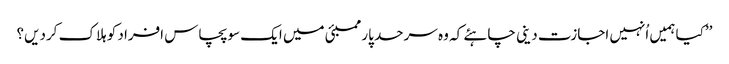
’’کیا ہمیں اُنہیں اجازت دینی چاہئے کہ وہ سرحد پار ممبئی میں ایک سو پچاس افراد کو ہلاک کردیں؟